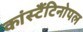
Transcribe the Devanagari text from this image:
कांस्टैंटिनोपल